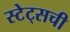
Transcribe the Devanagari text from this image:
स्टेट्‌सची